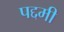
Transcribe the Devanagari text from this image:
पद्दमी